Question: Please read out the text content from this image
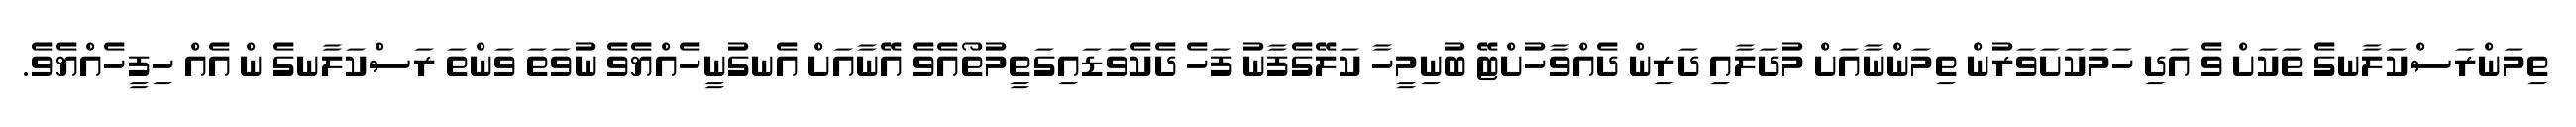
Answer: ތިމަންރަސްކަލާނގެ ތަކަށް ވެ އަދި ހަމަކަށަވަރުން ތިމަންނާއަށް މުދަލާއި ދަރިން ދެއްވާހުށްޓޭ ބުނިމީހާ ކަލޭގެފާނު ފަހެ ދެކެވަޑައިގަތީމުތޯއެވެ އޭނާއަށް އެނގުނީހެއްޔެވެ ނުވަތަ ވަންތަ ރަސްކަލާނގެ ން އެއް ހިފީހެއްޔެވެ.